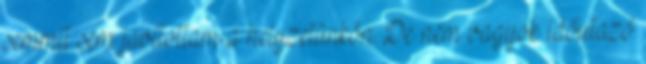
semmit sem javítottam a helyzetünkön. De nem vagyok időutazó